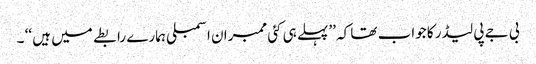
بی جے پی لیڈر کا جواب تھا کہ ’’پہلے ہی کئی ممبران اسمبلی ہمارے رابطے میں ہیں ‘‘ ۔